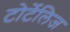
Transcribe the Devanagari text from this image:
टोर्टेलिज